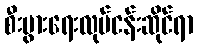
စီးပွားရေးလုပ်ငန်းဆိုင်ရာ